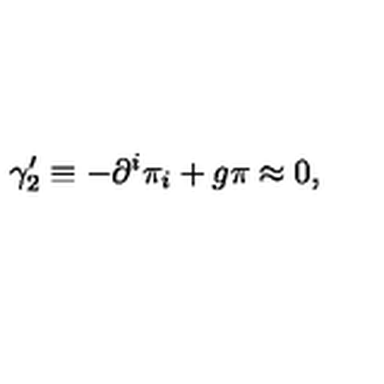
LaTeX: \gamma _ { 2 } ^ { \prime } \equiv - \partial ^ { i } \pi _ { i } + g \pi \approx 0 ,